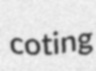
coting